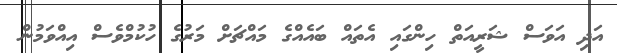
އަދި އަވަސް ޝަރީއަތް ހިންގައި އެތައް ބައެއްގެ މައްޗަށް މަރުގެ ހުކުމްވެސް އިއްވަމުން